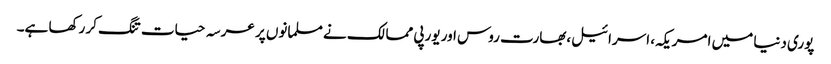
پوری دنیا میں امریکہ، اسرائیل،بھارت روس اور یورپی ممالک نے مسلمانوں پر عرسہ حیات تنگ کر رکھا ہے۔